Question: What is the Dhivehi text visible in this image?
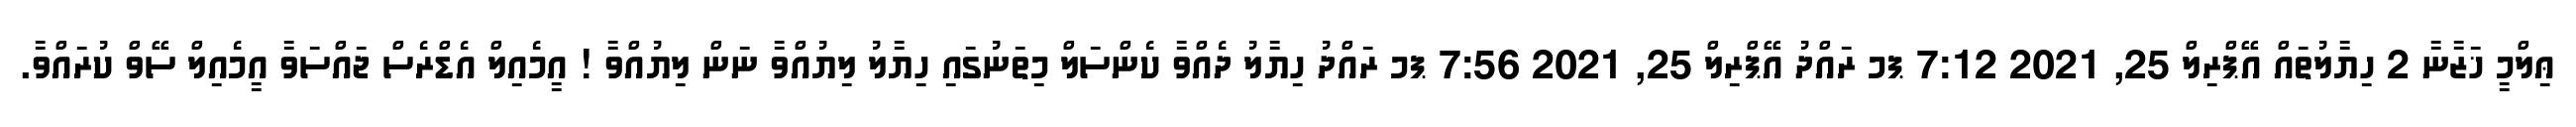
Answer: ޢިލްމީ ޚަޒާނާ 2 ހިޔާލުތައް އޭޕްރިލް 25, 2021 7:12 ޕމ ރައްދު އޭޕްރިލް 25, 2021 7:56 ޕމ ރައްދު ހިޔާލު ދެއްވާ ކެންސަލް މިތަނުގައި ހިޔާލު ލިޔުއްވާ ނަން ލިޔުއްވާ ! އީމެއިލް އެޑްރެސް ޖައްސަވާ އީމެއިލް ސޭވް ކުރައްވާ.